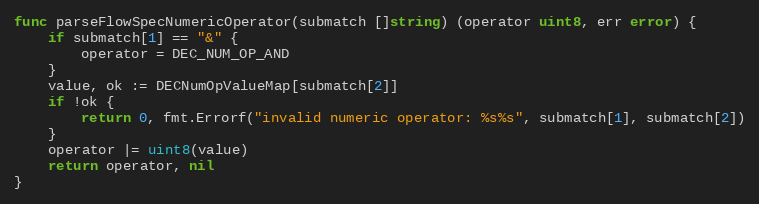
Language: Go
func parseFlowSpecNumericOperator(submatch []string) (operator uint8, err error) {
	if submatch[1] == "&" {
		operator = DEC_NUM_OP_AND
	}
	value, ok := DECNumOpValueMap[submatch[2]]
	if !ok {
		return 0, fmt.Errorf("invalid numeric operator: %s%s", submatch[1], submatch[2])
	}
	operator |= uint8(value)
	return operator, nil
}